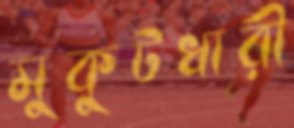
মুকুটধারী